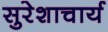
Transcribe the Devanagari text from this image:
सुरेशाचार्य